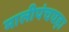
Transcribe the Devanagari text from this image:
मालीपंचघड़ा